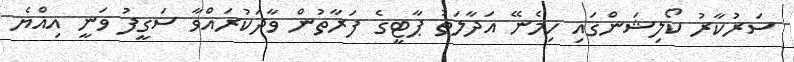
ސަރުކާރު ކޯލިޝަންގައި ހިމެނޭ އަދާލަތު ޕާޓީގެ ފަރާތުން ވާދަކުރައްވާ ސަގީފު ވަނީ އިއްޔެ